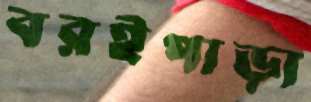
বরইপাড়া